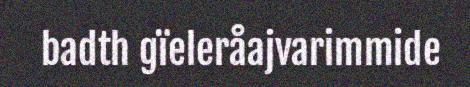
badth gïeleråajvarimmide